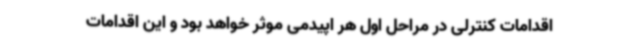
اقدامات کنترلی در مراحل اول هر اپیدمی موثر خواهد بود و این اقدامات